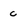
Character: c